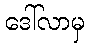
ဒေါ်လာမှ